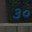
૩૦